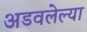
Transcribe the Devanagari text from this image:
अडवलेल्या